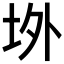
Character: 𭎉